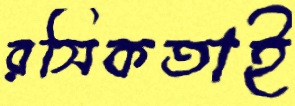
রসিকতাই